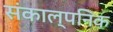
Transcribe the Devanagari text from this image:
संकाल्पनिक